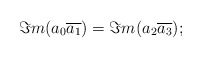
\begin{align*}\Im m(a_0\overline{a_1})=\Im m(a_2\overline{a_3});\end{align*}